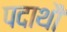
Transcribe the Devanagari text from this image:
पदाथौ